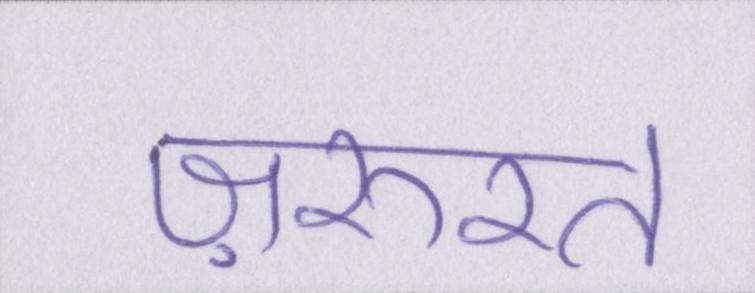
ज़रुरत